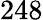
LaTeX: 248